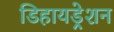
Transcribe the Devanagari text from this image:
डिहायड्रेशन